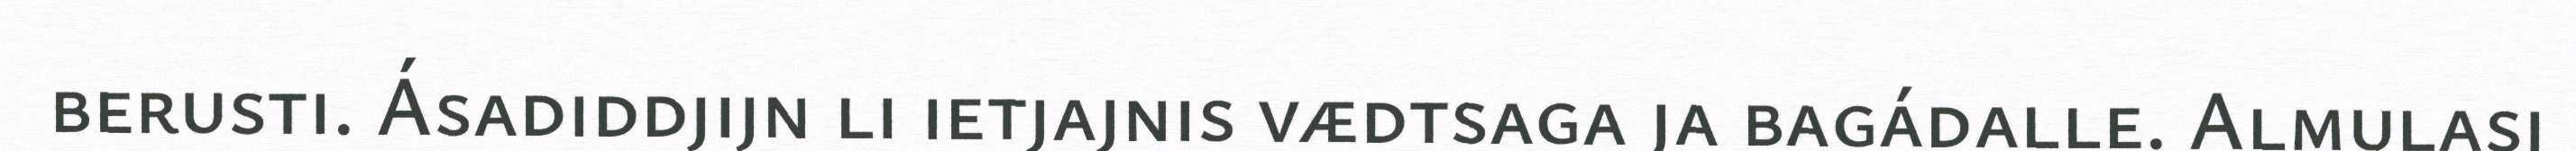
berusti. Ásadiddjijn li ietjajnis vædtsaga ja bagádalle. Almulasj